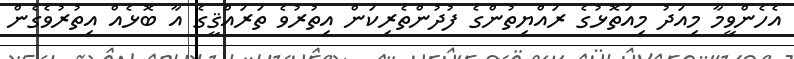
އެހެންވީމާ މިއަދު މިއަތޮޅުގެ ރައްޔިތުންގެ ފުދުންތެރިކަން އިތުރުވެ ތަރައްޤީގެ އާ ބޮޅެއް އިތުރުވެގެން